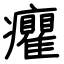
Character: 癯